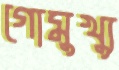
গোমুখ্যু